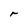
Character: r